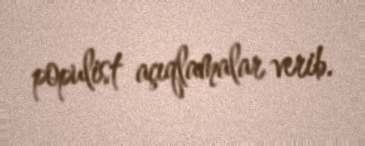
populist açıqlamalar verib.